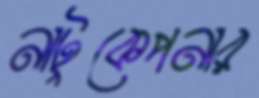
নাটুকেপনার